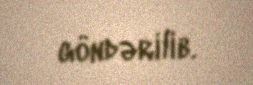
göndərilib.